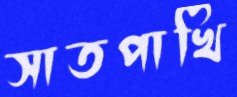
সাতপাখি